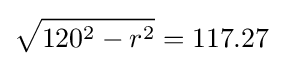
{\sqrt {120^{2}-r^{2}}}=117.27